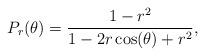
LaTeX: \begin{align*}P_r(\theta) = \frac{1-r^2}{1-2r\cos(\theta)+r^2}, \end{align*}